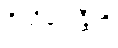
ဝိသိဗ္ဗေန္တီတိ